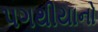
પગથીયાનો